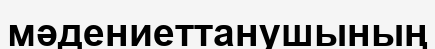
мәдениеттанушының